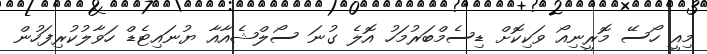
މިއީ ހޯސޭ މޮރީނިއޯ ވަކިކޮށް ޑިސެމްބަރުމަހު އޮލެ ގުނަ ސޯލްޝެއާއާ ޔުނައިޓެޑް ހަވާލުކުރިފަހުން